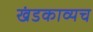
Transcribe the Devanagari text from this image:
खंडकाव्यच